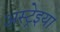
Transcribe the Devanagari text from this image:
अस्ट्रेइया